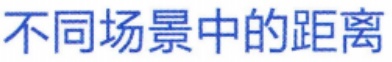
不同场景中的距离